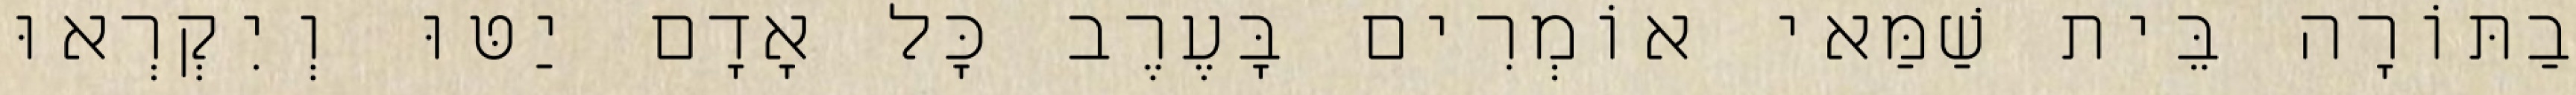
בַתּוֹרָה בֵּית שַׁמַּאי אוֹמְרִים בָּעֶרֶב כָּל אָדָם יַטּוּ וְיִקְרְאוּ